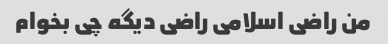
من راضی اسلامی راضی دیگه چی بخوام